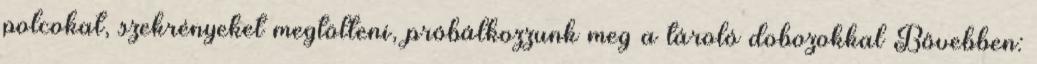
polcokat, szekrényeket megtölteni, próbálkozzunk meg a tároló dobozokkal Bővebben: